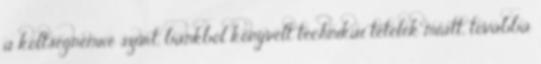
a költségnemre szűrt, bankból könyvelt technikai tételek miatt, továbbá